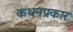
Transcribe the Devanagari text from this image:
कथनप्रकार